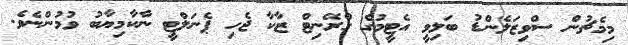
މިމެޗުން ސްވިޒަލެންޑު ބަލިވީ އެޓީމުގެ ގްރޭނިޓް ޒާކާ ޖެހި ޕެނަލްޓީ ނާކާމިޔާބު ވުމުންނެވެ.